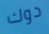
دوك